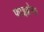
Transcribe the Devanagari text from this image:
फाइब्रोमा